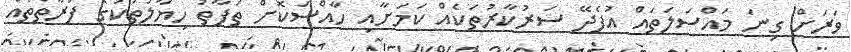
ވަރަށް ގިނަ މައްސަލަތައް އުފެދޭ ސަރުކާރުތަކެއް ކަމަށާއި ހާއްސަކޮށް ތަފާތު ހިޔާލުތަކުގެ ފަރާތްތައް